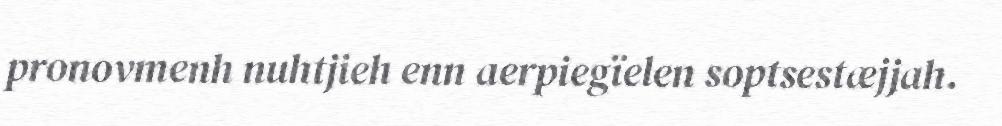
pronovmenh nuhtjieh enn aerpiegïelen soptsestæjjah.